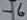
Text: -6